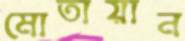
মোতায়ান